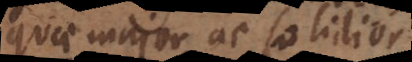
quae major ac solidior